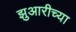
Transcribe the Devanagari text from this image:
झुआरीच्या